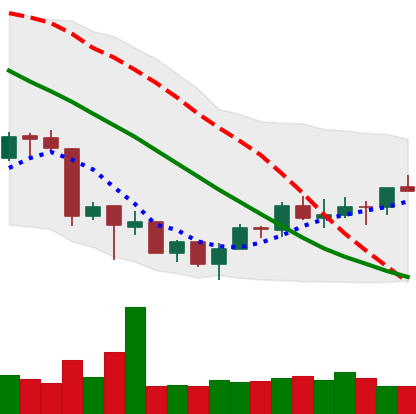
Ticker: ETH-USD
Chart end date: 2018-07-08
Forward return: -11.264%
Label: down_7plus